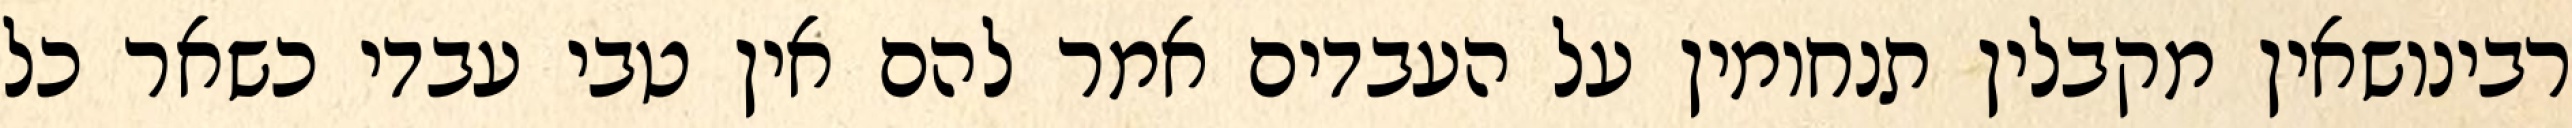
רבינושאין מקבלין תנחומין על העבדים אמר להם אין טבי עבדי כשאר כל